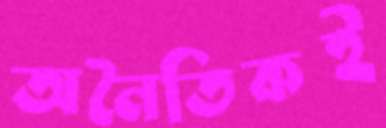
অনৈতিকই